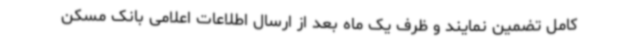
کامل تضمین نمایند و ظرف یک ماه بعد از ارسال اطلاعات اعلامی بانک مسکن